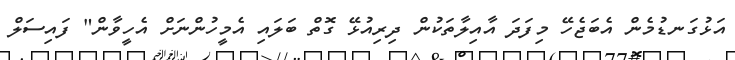
އަޅުގަނޑުމެން އެބަޖެހޭ މިފަދަ އާއިލާތަކުން ދިރިއުޅޭ ގޮތް ބަލައި އެމީހުންނަށް އެހީވާން" ފައިސަލް